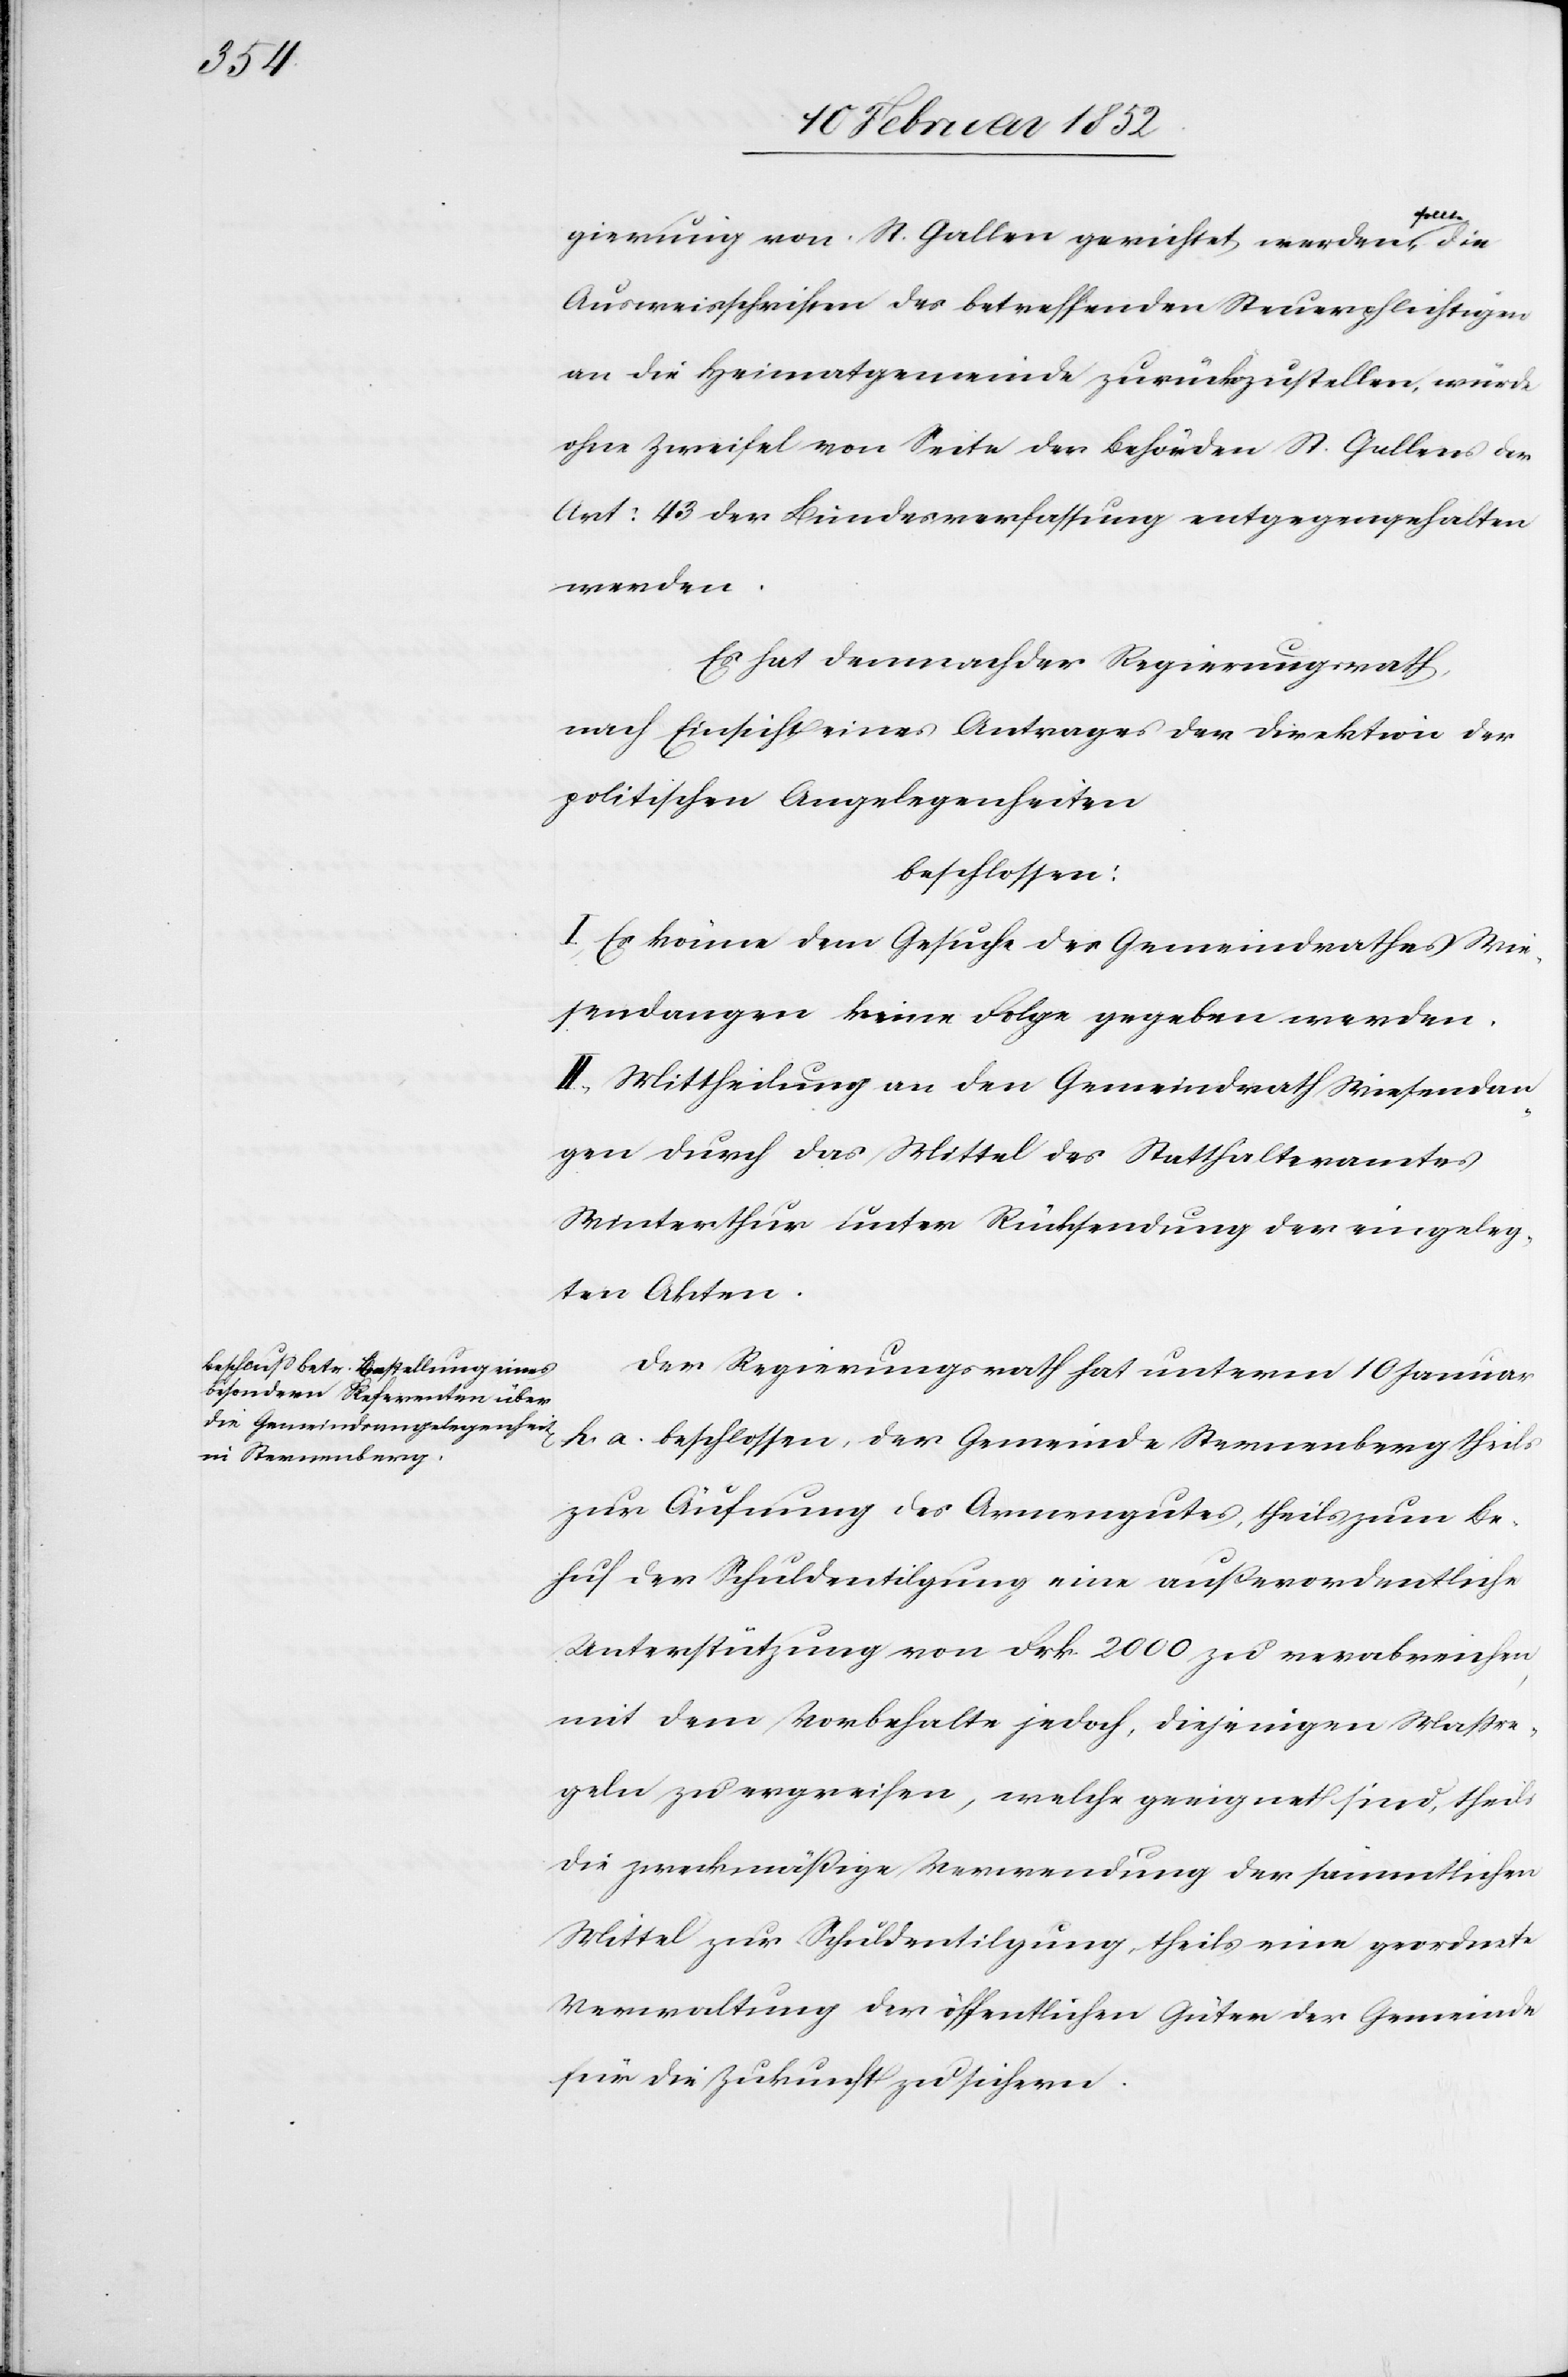
gierung von St. Gallen gerichtet werden soll, die
Ausweisschriften des betreffenden Steuerpflichtigen
an die Heimatgemeinde zurückzustellen, würde
ohne Zweifel von Seite der Behörden St. Gallens der
Art: 43 der Bundesverfassung entgegengehalten
werden.
Es hat demnach der Regierungsrath
nach Einsicht eines Antrages der Direktion der
politischen Angelegenheiten
beschlossen:
I.) Es könne dem Gesuche der Gemeindrathes Wie¬
sendangen keine Folge gegeben werden.
II.) Mittheilung an den Gemeindrath Wiesendan¬
gen durch das Mittel des Statthalteramtes
Winterthur unter Rücksendung der eingeleg¬
ten Akten.
Der Regierungsrath hat unterm 10 Januar
h. a. beschlossen, der Gemeinde Sternenberg theils
zur Äufnung des Armengutes, theils zum Be¬
huf der Schuldentilgung eine außerordentliche
Unterstützung von Frk. 2000 zu verabreichen,
mit dem Vorbehalte jedoch, diejenigen Maßre¬
geln zu ergreifen, welche geeignet sind, theils
die zweckmäßige Verwendung der sämmtlichen
Mittel zur Schuldentilgung theils eine geordnete
Verwaltung der öffentlichen Güter der Gemeinde
für die Zukunft zu sichern.